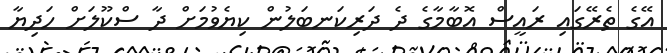
އޭގެ ތެރޭގައި ރައީސް އޮބާމާގެ ދެ ދަރިކަނބަލުން ކިޔެވުމަށް ދާ ސްކޫލަށް ހަދިޔާ